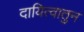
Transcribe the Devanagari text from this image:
दायित्वातुन